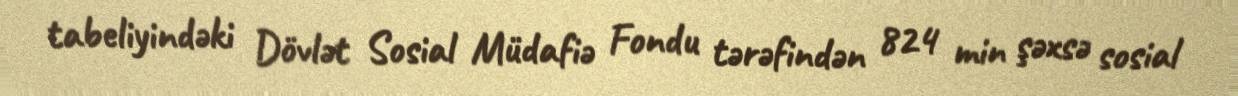
tabeliyindəki Dövlət Sosial Müdafiə Fondu tərəfindən 824 min şəxsə sosial